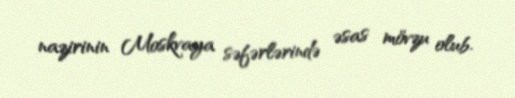
nazirinin Moskvaya səfərlərində əsas mövzu olub.